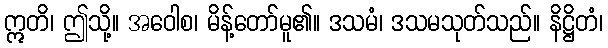
ဣတိ၊ ဤသို့။ အဝေါစ၊ မိန့်တော်မူ၏။ ဒသမံ၊ ဒသမသုတ်သည်။ နိဋ္ဌိတံ၊